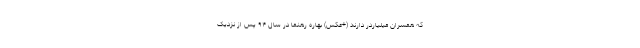
که همسران میلیاردر دارند (+عکس) بهاره رهنما در سال ۹۴ پس از نزدیک